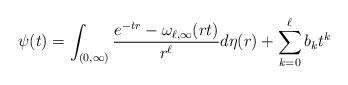
LaTeX: \begin{align*} \psi(t)= \int_{(0,\infty)} \frac{e^{-tr} - \omega_{\ell,\infty}(rt)}{r^{\ell}} d\eta(r) + \sum_{k=0}^{\ell}b_{k}t^{k}\end{align*}